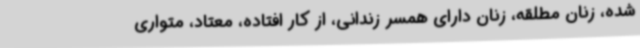
شده، زنان مطلقه، زنان دارای همسر زندانی، از کار افتاده، معتاد، متواری